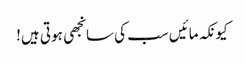
کیونکہ مائیں سب کی سانجھی ہوتی ہیں!